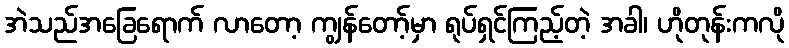
အဲသည်အခြေရောက် လာတော့ ကျွန်တော့်မှာ ရုပ်ရှင်ကြည့်တဲ့ အခါ၊ ဟိုတုန်းကလို